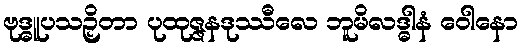
ဗုဒ္ဓူပသဉှိတာ ပုထုဇ္ဇနဒုဿီလေ ဘူမိလဒ္ဓါနံ ဝေါနော